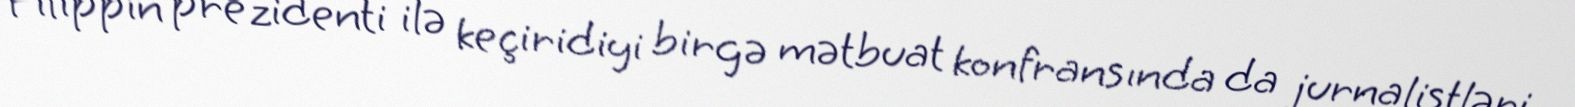
Filippin prezidenti ilə keçiridiyi birgə mətbuat konfransında da jurnalistləri